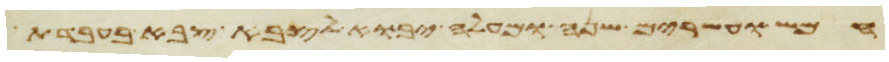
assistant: חמש ועשרים שנה ומעלה יבוא לצבא צבא בעבדת